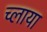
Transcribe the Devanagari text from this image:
च्लाया